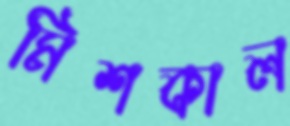
মিশকাল